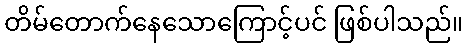
တိမ်တောက်နေသောကြောင့်ပင် ဖြစ်ပါသည်။